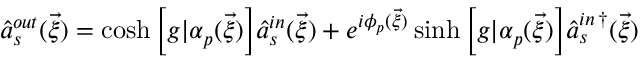
\hat { a } _ { s } ^ { o u t } ( \vec { \xi } ) = \cosh { \left[ g | \alpha _ { p } ( \vec { \xi } ) \right] } \hat { a } _ { s } ^ { i n } ( \vec { \xi } ) + e ^ { i \phi _ { p } ( \vec { \xi } ) } \sinh { \left[ g | \alpha _ { p } ( \vec { \xi } ) \right] } { \hat { a } _ { s } ^ { i n \, \dagger } } ( \vec { \xi } )